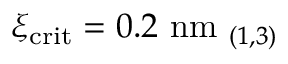
\xi _ { \mathrm { c r i t } } = 0 . 2 \ \mathrm { n m } _ { \ ( 1 , 3 ) }